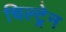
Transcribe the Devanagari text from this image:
चिल्ट्रेन